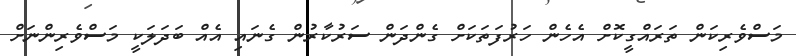
މަސްވެރިކަން ތަރައްގީކޮށް އެހެން ހަރުފަތަކަށް ގެންދަން ސަރުކާރުން ގެނައި އެއް ބަދަލަކީ މަސްވެރިންނަށް